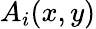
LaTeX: A_{i}(x,y)